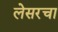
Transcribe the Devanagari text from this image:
लेसरचा